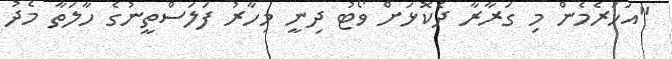
"އަހަރެމެން މި ގަރާރާ ދެކޮޅަށް ވޯޓު ދިނީ މިހާރު ފަލަސްތީނުގެ ހާލަތާ މެދު